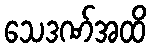
သေဒဏ်အထိ